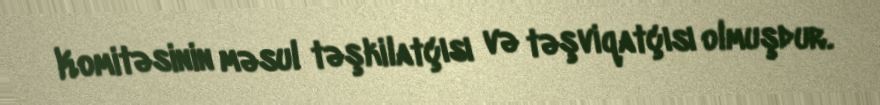
Komitəsinin məsul təşkilatçısı və təşviqatçısı olmuşdur.